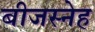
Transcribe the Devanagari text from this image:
बीजस्नेह